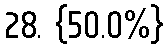
28. {50.0%}